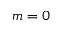
m = 0